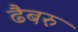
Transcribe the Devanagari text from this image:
ढैबरु